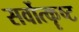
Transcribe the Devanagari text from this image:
सर्वोत्कॄष्ट